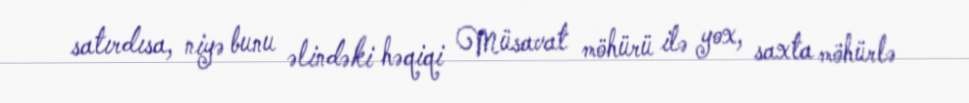
satırdısa, niyə bunu əlindəki həqiqi Müsavat möhürü ilə yox, saxta möhürlə